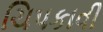
ચિપકાવી